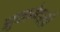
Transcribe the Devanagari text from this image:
झुकानेवाली